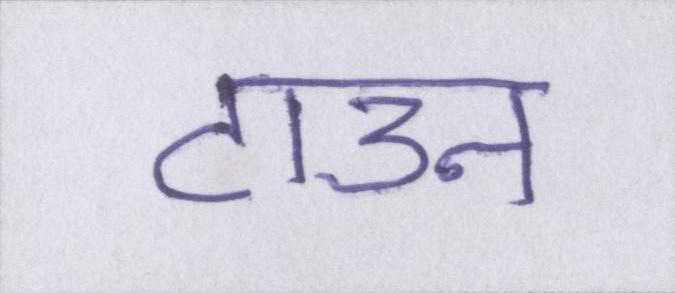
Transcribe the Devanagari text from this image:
टाउन